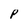
Character: P